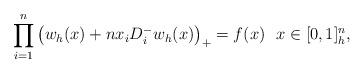
LaTeX: \begin{align*} \prod_{i=1}^n \left(w_h(x) + nx_i D^-_iw_h(x)\right)_+= f(x) \ \ x \in [0,1]^n_h,\end{align*}